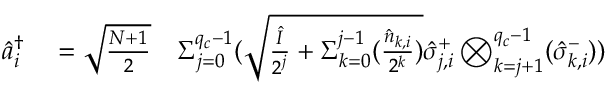
\begin{array} { r l r } { \hat { a } _ { i } ^ { \dagger } } & { { } = \sqrt { \frac { N + 1 } { 2 } } } & { { \Sigma } _ { j = 0 } ^ { q _ { c } - 1 } ( \sqrt { \frac { \hat { I } } { 2 ^ { j } } + { \Sigma } _ { k = 0 } ^ { j - 1 } ( \frac { \hat { n } _ { k , i } } { 2 ^ { k } } ) } \hat { \sigma } _ { j , i } ^ { + } \bigotimes _ { k = j + 1 } ^ { q _ { c } - 1 } ( \hat { \sigma } _ { k , i } ^ { - } ) ) } \end{array}